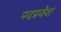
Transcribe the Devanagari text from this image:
पदप्रवेश